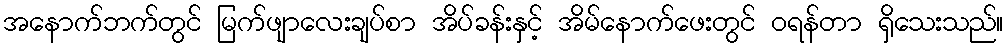
အနောက်ဘက်တွင် မြက်ဖျာလေးချပ်စာ အိပ်ခန်းနှင့် အိမ်နောက်ဖေးတွင် ဝရန်တာ ရှိသေးသည်။